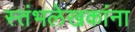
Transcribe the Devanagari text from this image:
स्तंभलेखकांना